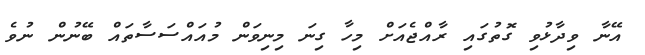
އޭނާ ވިދާޅުވި ގޮތުގައި ރާއްޖެއަށް މިހާ ގިނަ މިނިވަން މުއައްސަސާތައް ބޭނުން ނުވެ